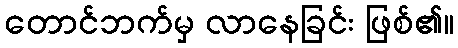
တောင်ဘက်မှ လာနေခြင်း ဖြစ်၏။